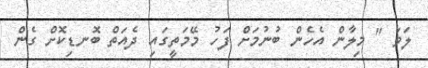
ލަވަ " މިލާން އެހެން ބުނުމަށް ފަހު މޭމަތީގައި ދެއަތް ބޮނޑިކޮށް ގެން